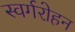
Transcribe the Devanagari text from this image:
स्वर्गरोहन